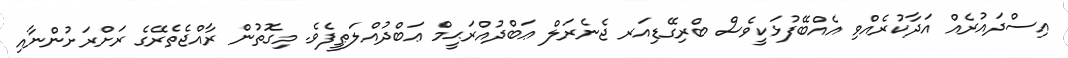
އިސްދައުރެއް އަދާކުރެއްވި އެއްބޭފުޅަކީވެސް ބްރިގޭޑިއަރ ޖެނެރަލް ޢަބްދުއްރަޙީމް ޢަބްދުއްލަޠީފެވެ. މިގޮތުން ރާއްޖެތެރޭގެ ރަށްރަށުންނާއި